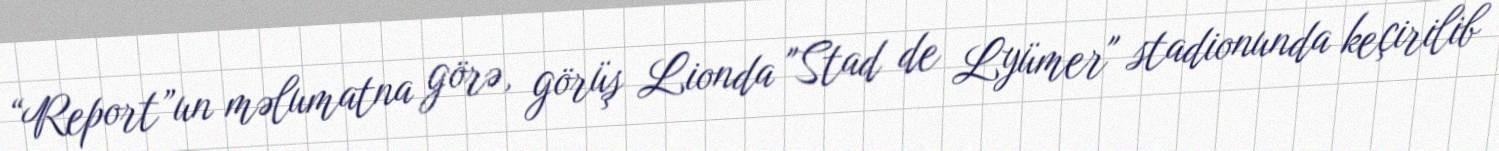
“Report”un məlumatna görə, görüş Lionda "Stad de Lyümer" stadionunda keçirilib